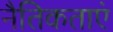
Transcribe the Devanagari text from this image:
नैतिकताएं